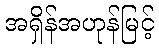
အရှိန်အဟုန်မြင့်